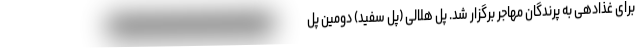
برای غذادهی به پرندگان مهاجر برگزار شد. پل هلالی (پل سفید) دومین پل